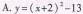
A.$$y = ( x + 2 )^{2} - 1 3$$